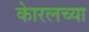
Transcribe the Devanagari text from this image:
काेरलच्या